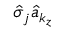
\hat { \sigma } _ { j } \hat { a } _ { k _ { z } }